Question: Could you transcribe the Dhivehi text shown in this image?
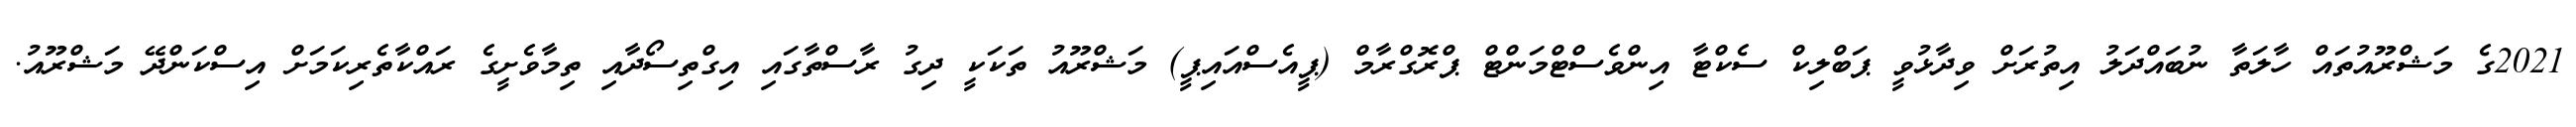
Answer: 2021ގެ މަޝްރޫއުތައް ހާލަތާ ނުބައްދަލު އިތުރަށް ވިދާޅުވީ ޕަބްލިކް ސެކްޓާ އިންވެސްޓްމަންޓް ޕްރޮގްރާމް (ޕީއެސްއައިޕީ) މަޝްރޫއު ތަކަކީ ދިގު ރާސްތާގައި އިގްތިސޯދާއި ތިމާވެށީގެ ރައްކާތެރިކަމަށް އިސްކަންދޭ މަޝްރޫއު.